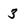
Character: 3